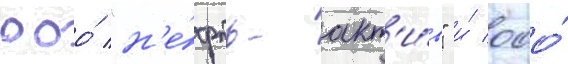
ооо́ "н'е́фть-акт'и́в" и́ ооо́